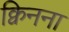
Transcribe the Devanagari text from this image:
क्विनना